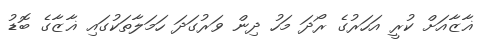
ޣާޒާއަށް ކުރީ އަހަރުގެ ރޯދަ މަހު ދިން ވަރުގަދަ ހަމަލާތަކުގައި ޣާޒާގެ ބޮޑު